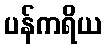
ပန်ကရိယ